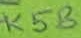
Text: K5B